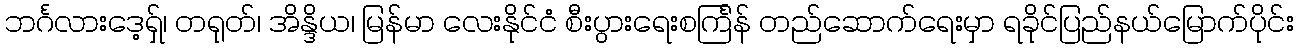
ဘင်္ဂလားဒေ့ရှ်၊ တရုတ်၊ အိန္ဒိယ၊ မြန်မာ လေးနိုင်ငံ စီးပွားရေးစင်္ကြန် တည်ဆောက်ရေးမှာ ရခိုင်ပြည်နယ်မြောက်ပိုင်း